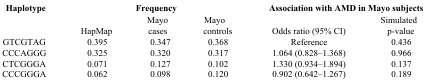
<table><thead><tr><td><b>Haplotype</b></td><td colspan="3"><b>Frequency</b></td><td colspan="2"><b>Association with AMD in Mayo subjects</b></td></tr></thead><tbody><tr><td></td><td>HapMap</td><td>Mayo cases</td><td>Mayo controls</td><td>Odds ratio (95% CI)</td><td>Simulated p-value</td></tr><tr><td>GTCGTAG</td><td>0.395</td><td>0.347</td><td>0.368</td><td>Reference</td><td>0.436</td></tr><tr><td>CCCAGGG</td><td>0.325</td><td>0.320</td><td>0.317</td><td>1.064 (0.828–1.368)</td><td>0.966</td></tr><tr><td>CTCGGGA</td><td>0.071</td><td>0.127</td><td>0.102</td><td>1.330 (0.934–1.894)</td><td>0.137</td></tr><tr><td>CCCGGGA</td><td>0.062</td><td>0.098</td><td>0.120</td><td>0.902 (0.642–1.267)</td><td>0.189</td></tr></tbody></table>